Scottish Leaving Certificate Examination, 1953
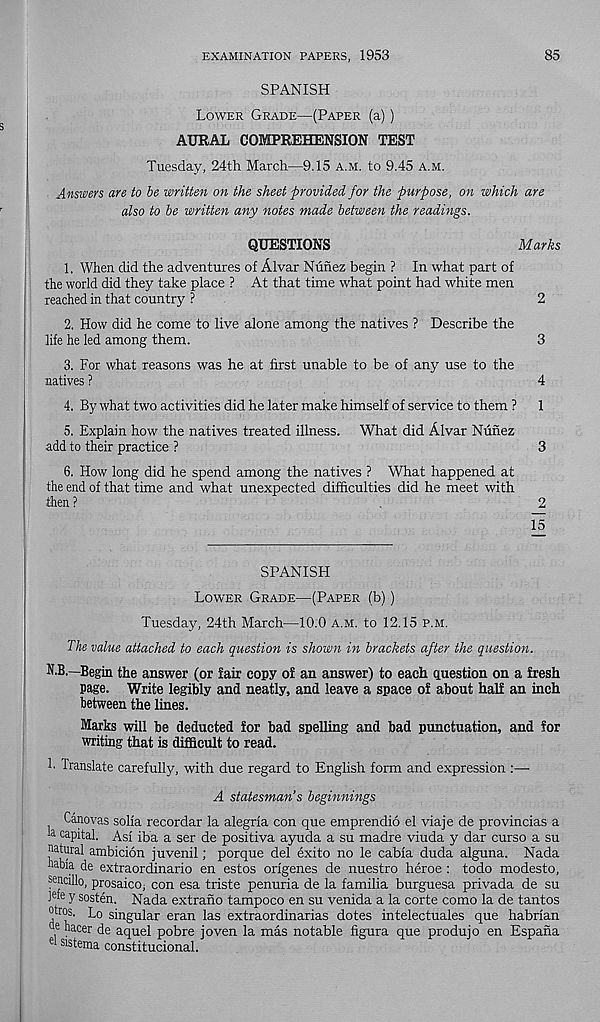
EXAMINATION PAPERS, 1953
85
SPANISH
Lower Grade—(Paper (a))
AURAL COMPREHENSION TEST
Tuesday, 24th March—9.15 a.m. to 9.45 a.m.
Answers are to be written on the sheet provided for the purpose, on which are
also to be written any notes made between the readings.
QUESTIONS
Marks
1. When did the adventures of Alvar Nunez begin ? In what part of
the world did they take place ? At that time what point had white men
reached in that country ?
2
2. How did he come to live alone among the natives ? Describe the
life he led among them.
3
3. For what reasons was he at first unable to be of any use to the
natives ?
4
4. By what two activities did he later make himself of service to them ? 1
5. Explain how the natives treated illness. What did Alvar Nunez
add to their practice ?
3
6. How long did he spend among the natives ? What happened at
the end of that time and what unexpected difficulties did he meet with
then ?
2
15
SPANISH
Lower Grade—(Paper (b))
Tuesday, 24th March—10.0 a.m. to 12.15 p.m.
The value attached to each question is shown in brackets after the question.
N.B.—Begin the answer (or fair copy of an answer) to each question on a fresh
page. Write legibly and neatly, and leave a space of about half an inch
between the lines.
Marks will be deducted for bad spelling and bad punctuation, and for
writing that is difficult to read.
1. Translate carefully, with due regard to English form and expression :—■
A statesman’s beginnings
Canovas solia recordar la alegria con que emprendio el viaje de provincias a
a ca pital. Asi iba a ser de positiva ayuda a su madre viuda y dar curso a su
natural ambicion juvenil; porque del exito no le cabxa duda alguna. Nada
nabia de extraordinario en estos origenes de nuestro heroe : todo modesto,
sencillo, prosaico; con esa triste penuria de la familia burguesa privada de su
J efe y sosten. Nada extrano tampoco en su venida a la corte como la de tantos
ntros. Lo singular eran las extraordinarias dotes intelectuales que habrian
, b ace r de aquel pobre ioven la mas notable figura que produio en Espana
nlsistema constitucionah